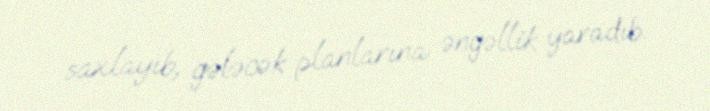
saxlayıb, gələcək planlarına əngəllik yaradıb.